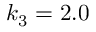
k _ { 3 } = 2 . 0